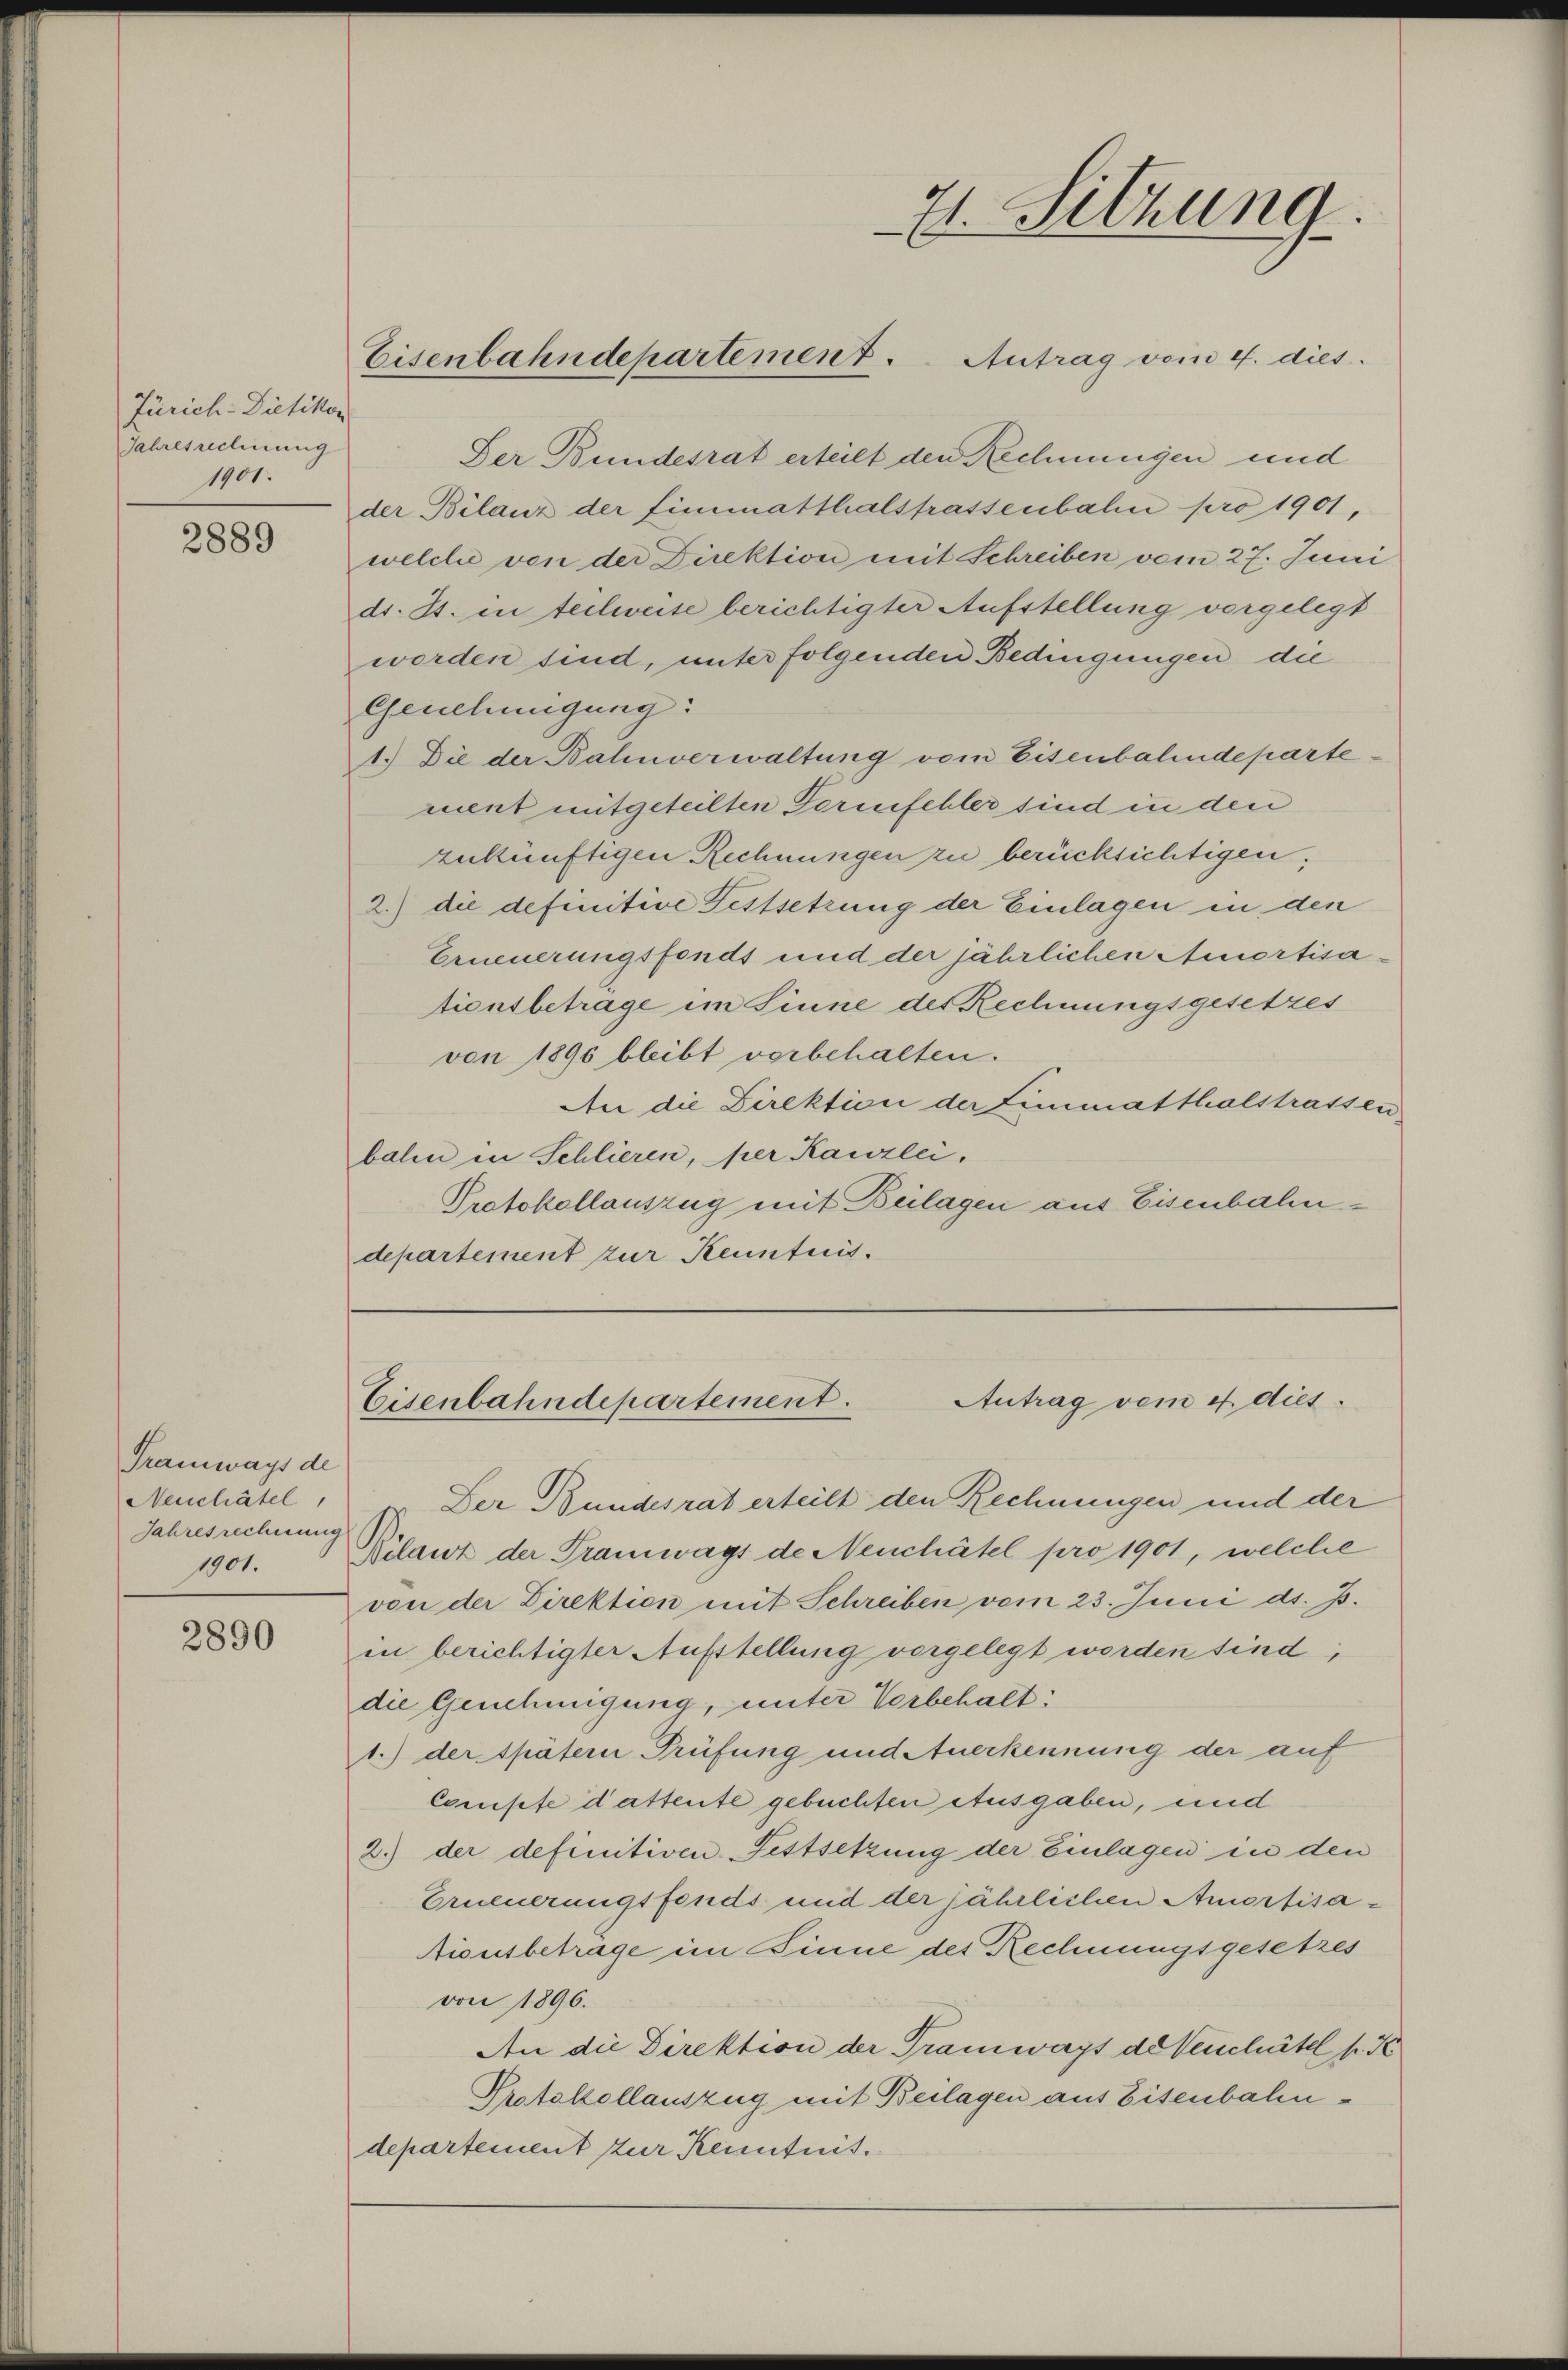
Zürich-Dietikon
Jahresrechnung
1901.

2889

Tramways de
Neuchâtel,
Jahresrechnung
1901.

2890

Der Bundesrat erteilt den Rechnungen und
der Bilanz der fimmatthalstrassenbahn pro 1901,
welche von der Direktion mit Schreiben vom 27. Juni
dr. Js. in teilweise berichtigter Aufstellung vorgelegt
worden sind, unter folgenden Bedingungen die
Genehmigung:
1.) Die der Bahnverwaltung vom Eisenbahndeparte
ment mitgeteilten Formfehler sind in den
zukünftigen Rechnungen zu berücksichtigen,
2.) die definitive Festsetzung der Einlagen in den
Erneuerungsfonds und der jährlichen Amortisa-
tionsbetrage im Sinne des Rechnungsgesetzes
von 1890 bleibt vorbehalten.
An die Direktion der Limmatthalstrassen
balen in Schlieren, per Kanzlei,
Protokollauszug mit Beilagen aus Eisenbahndepartement zur Kenntnis.

71. Sitzung

Eisenbahndepartement. Antrag vom 4. dies

Antrag vom 4. dies.
Eisenbahndepartement.

Der Bundesrat erteilt den Rechnungen und der
Kilanz der Tramwags de Neuchâtel pro 1901, welche
von der Direktion mit Schreiben vom 23. Juni d. J.
in berichtigter Aufstellung vorgelegt worden sind,
die Genehmigung, unter Vorbehalt:
1.) der spätern Prüfung und Anerkennung der auf
Compte dattente gebuchten Ausgaben, und
2.) der definitiven Festsetzung der Einlagen in den
Erneuerungsfonds und der jährlichen Amortisa¬
Aionsbetrage im Binne des Rechnungsgesetzes
von 1896.
An die Direktion der Tramways de Verschätel s. K
Protokollauszug mit Beilagen aus Eisenbahndepartement zur Kenntnis.